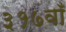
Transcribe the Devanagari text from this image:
३१७वाँ